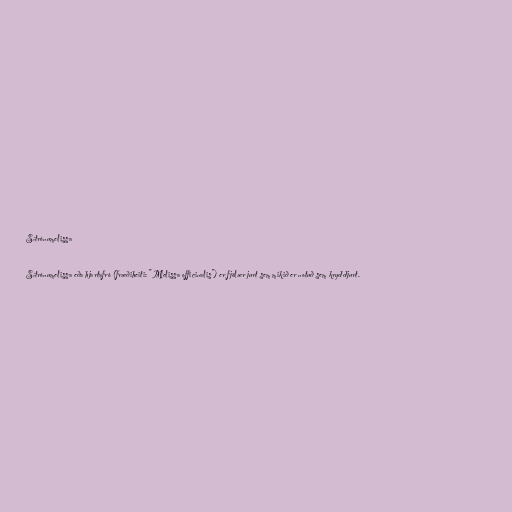
Sítrónumelissa

Sítrónumelissa eða hjartafró (fræðiheiti: "Melissa officinalis") er fjölær jurt sem mikið er notuð sem kryddjurt.